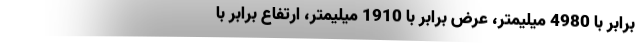
برابر با 4980 میلیمتر، عرض برابر با 1910 میلیمتر، ارتفاع برابر با